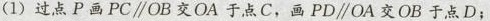
(1)过点P画PC\parallel OB交OA于点C，画PD\parallel OA交OB于点D；